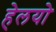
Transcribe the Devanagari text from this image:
हेलयो